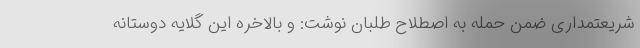
شریعتمداری ضمن حمله به اصطلاح طلبان نوشت: و بالاخره این گلایه دوستانه